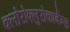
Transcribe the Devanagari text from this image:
क्लोरोफ्लुरोकार्बन्स